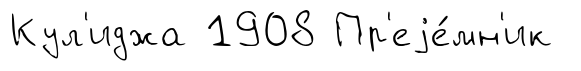
Кул'иджа 1908 Пр'еjе́мн'ик